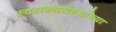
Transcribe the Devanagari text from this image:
स्वराज्यसंस्थांच्या